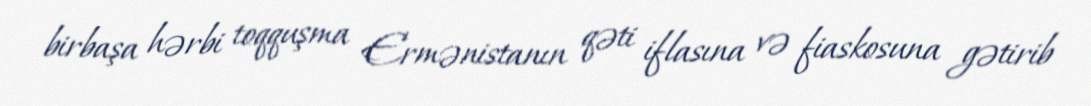
birbaşa hərbi toqquşma Ermənistanın qəti iflasına və fiaskosuna gətirib